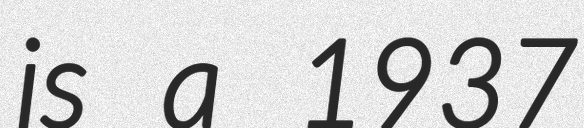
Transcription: is a 1937